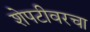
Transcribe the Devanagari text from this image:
शेपटीवरचा